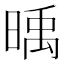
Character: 𣈭